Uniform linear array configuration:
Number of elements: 24
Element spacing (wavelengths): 0.5
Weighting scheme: uniform
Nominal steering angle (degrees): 30
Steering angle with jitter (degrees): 28.992
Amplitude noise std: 0.05
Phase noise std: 0.05

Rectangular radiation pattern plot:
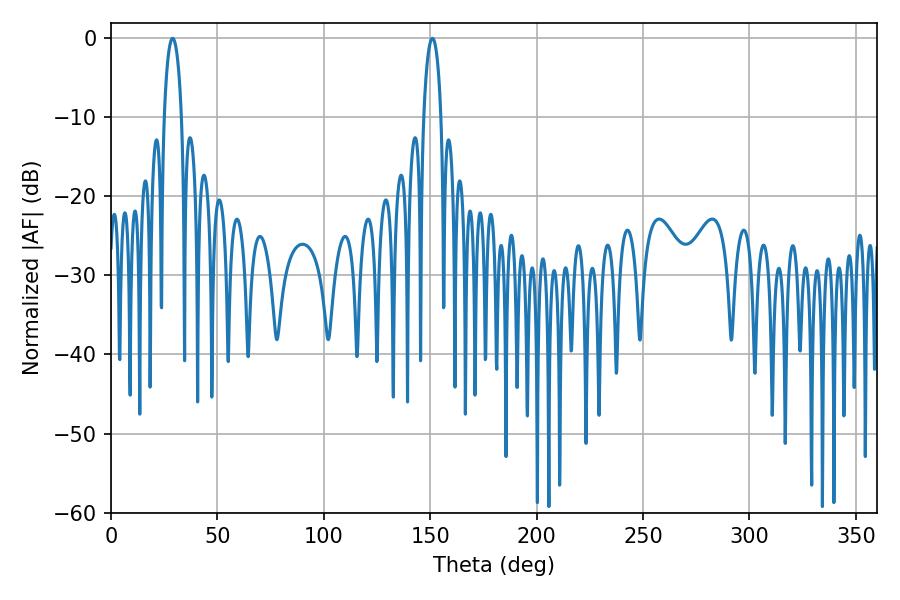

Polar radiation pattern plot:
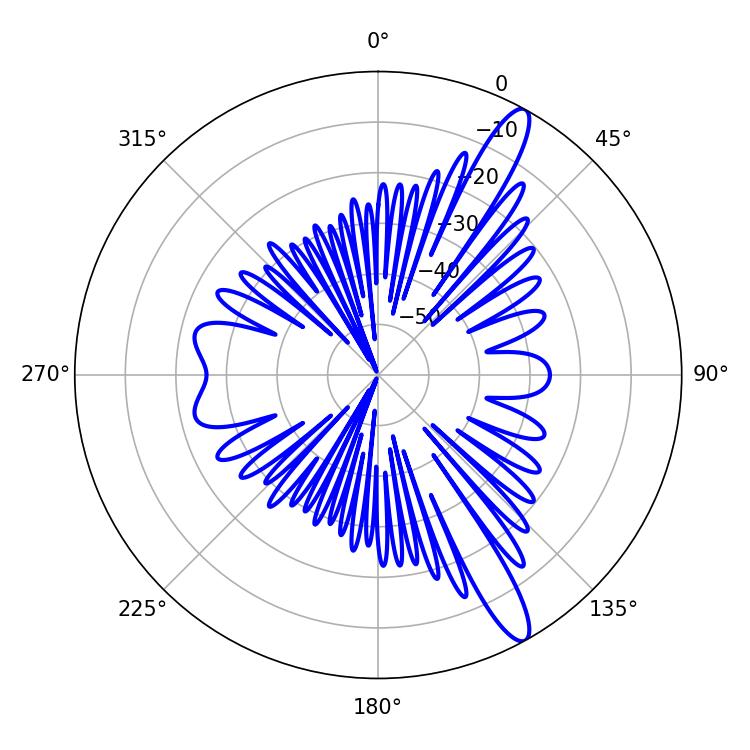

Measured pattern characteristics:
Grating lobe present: FALSE
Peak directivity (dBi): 13.498
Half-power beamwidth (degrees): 4.68
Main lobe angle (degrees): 151.02